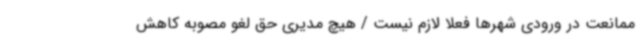
ممانعت در ورودی شهرها فعلا لازم نیست / هیچ مدیری حق لغو مصوبه کاهش